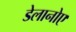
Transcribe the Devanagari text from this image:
डेलानोए